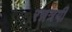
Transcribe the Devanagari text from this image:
रन्नत्रयी